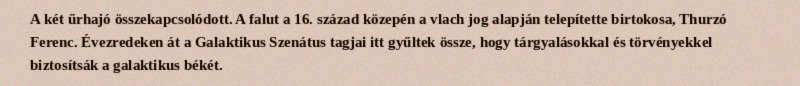
A két űrhajó összekapcsolódott. A falut a 16. század közepén a vlach jog alapján telepítette birtokosa, Thurzó Ferenc. Évezredeken át a Galaktikus Szenátus tagjai itt gyűltek össze, hogy tárgyalásokkal és törvényekkel biztosítsák a galaktikus békét.